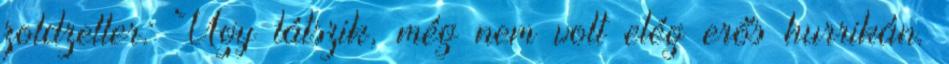
zoldzeller: Úgy látszik, még nem volt elég erős hurrikán.